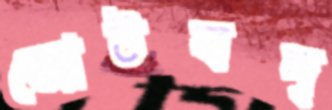
জোটবদ্